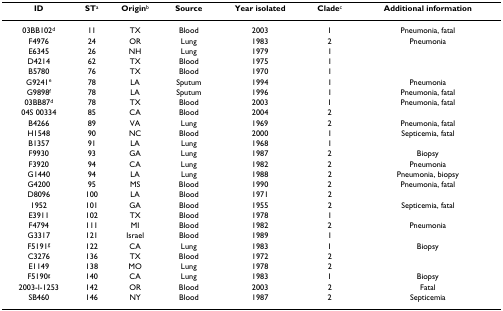
| ID | STa | Originb | Source | Year isolated | Cladec | Additional information |
 | --- | --- | --- | --- | --- | --- | --- |
 | 03BB102d | 11 | TX | Blood | 2003 | 1 | Pneumonia, fatal |
 | F4976 | 24 | OR | Lung | 1983 | 2 | Pneumonia |
 | E6345 | 26 | NH | Lung | 1979 | 1 |  |
 | D4214 | 62 | TX | Blood | 1975 | 1 |  |
 | B5780 | 76 | TX | Blood | 1970 | 1 |  |
 | G9241e | 78 | LA | Sputum | 1994 | 1 | Pneumonia |
 | G9898f | 78 | LA | Sputum | 1996 | 1 | Pneumonia, fatal |
 | 03BB87d | 78 | TX | Blood | 2003 | 1 | Pneumonia, fatal |
 | 04S 00334 | 85 | CA | Blood | 2004 | 2 |  |
 | B4266 | 89 | VA | Lung | 1969 | 2 | Pneumonia, fatal |
 | H1548 | 90 | NC | Blood | 2000 | 1 | Septicemia, fatal |
 | B1357 | 91 | LA | Lung | 1968 | 1 |  |
 | F9930 | 93 | GA | Lung | 1987 | 2 | Biopsy |
 | F3920 | 94 | CA | Lung | 1982 | 2 | Pneumonia |
 | G1440 | 94 | LA | Lung | 1988 | 2 | Pneumonia, biopsy |
 | G4200 | 95 | MS | Blood | 1990 | 2 | Pneumonia, fatal |
 | D8096 | 100 | LA | Blood | 1971 | 2 |  |
 | 1952 | 101 | GA | Blood | 1955 | 2 | Septicemia, fatal |
 | E3911 | 102 | TX | Blood | 1978 | 1 |  |
 | F4794 | 111 | MI | Blood | 1982 | 2 | Pneumonia |
 | G3317 | 121 | Israel | Blood | 1989 | 1 |  |
 | F5191g | 122 | CA | Lung | 1983 | 1 | Biopsy |
 | C3276 | 136 | TX | Blood | 1972 | 2 |  |
 | E1149 | 138 | MO | Lung | 1978 | 2 |  |
 | F5190g | 140 | CA | Lung | 1983 | 1 | Biopsy |
 | 2003-I-1253 | 142 | OR | Blood | 2003 | 2 | Fatal |
 | SB460 | 146 | NY | Blood | 1987 | 2 | Septicemia |